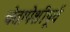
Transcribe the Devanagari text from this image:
चेतापेशीपूर्व